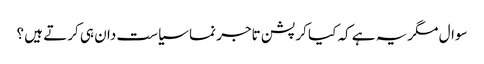
سوال مگریہ ہے کہ کیا کرپشن تاجر نما سیاست دان ہی کرتے ہیں ؟